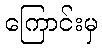
ကြောင်းမှ